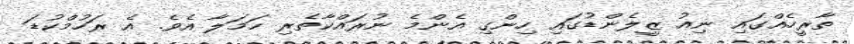
ތާރީހެއްގައި ނިއު ޒީލެންޑުގައި ހިންގި އެންމެ ނުރައްކާތެރި ހަމަލާ އެވެ. އެ ރަހުމްކުޑަ